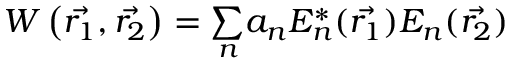
\begin{array} { r } { W \left( \Vec { { r } _ { 1 } } , \vec { { r } _ { 2 } } \right) = \underset { n } { \sum } { a } _ { n } { E } _ { n } ^ { * } ( \Vec { { r } _ { 1 } } ) { E } _ { n } ( \vec { { r } _ { 2 } } ) } \end{array}